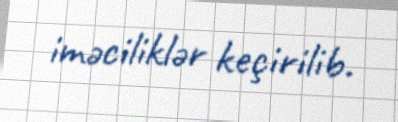
iməciliklər keçirilib.